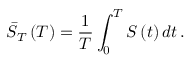
\bar { S } _ { T } \left( T \right) = \frac { 1 } { T } \int _ { 0 } ^ { T } S \left( t \right) d t \, .